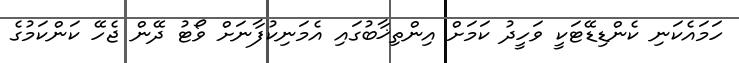
ހަމައެކަނި ކެންޑިޑޭޓަކީ ވަހީދު ކަމަށް އިންތިޚާބުގައި އެމަނިކުފާނަށް ވޯޓު ދޭން ޖެހޭ ކަންކަމުގެ